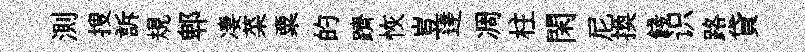
測搜訴規郫凄菜粟的躋恢豈逹凋柱閑尼換餞识路貸